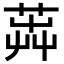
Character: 𦴬